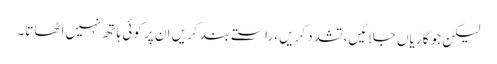
لیکن جو گاڑیاں جلائیں، تشدد کریں، راستے بند کریں ان پر کوئی ہاتھ نہیں اٹھاتا۔